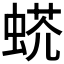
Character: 𧌺